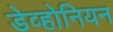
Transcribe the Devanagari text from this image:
डेव्होनियन